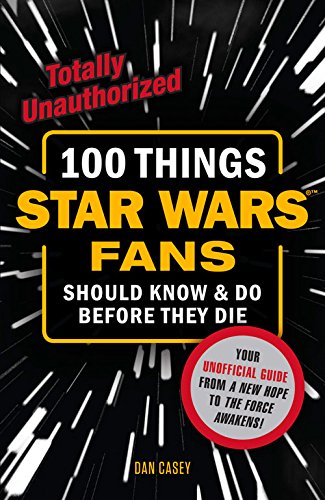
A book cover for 100 Things Star Wars Fans Should Know & Do Before They Die (100 Things...Fans Should Know); Dan Casey; Humor & Entertainment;